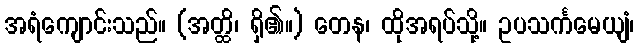
အရံကျောင်းသည်။ (အတ္ထိ၊ ရှိ၏။) တေန၊ ထိုအရပ်သို့။ ဥပသင်္ကမေယျံ၊